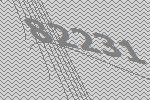
82231